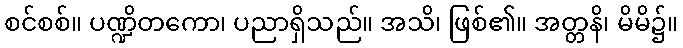
စင်စစ်။ ပဏ္ဍိတကော၊ ပညာရှိသည်။ အသိ၊ ဖြစ်၏။ အတ္တနိ၊ မိမိ၌။